V__Kingissepa_nim__kolhoos, lk 19
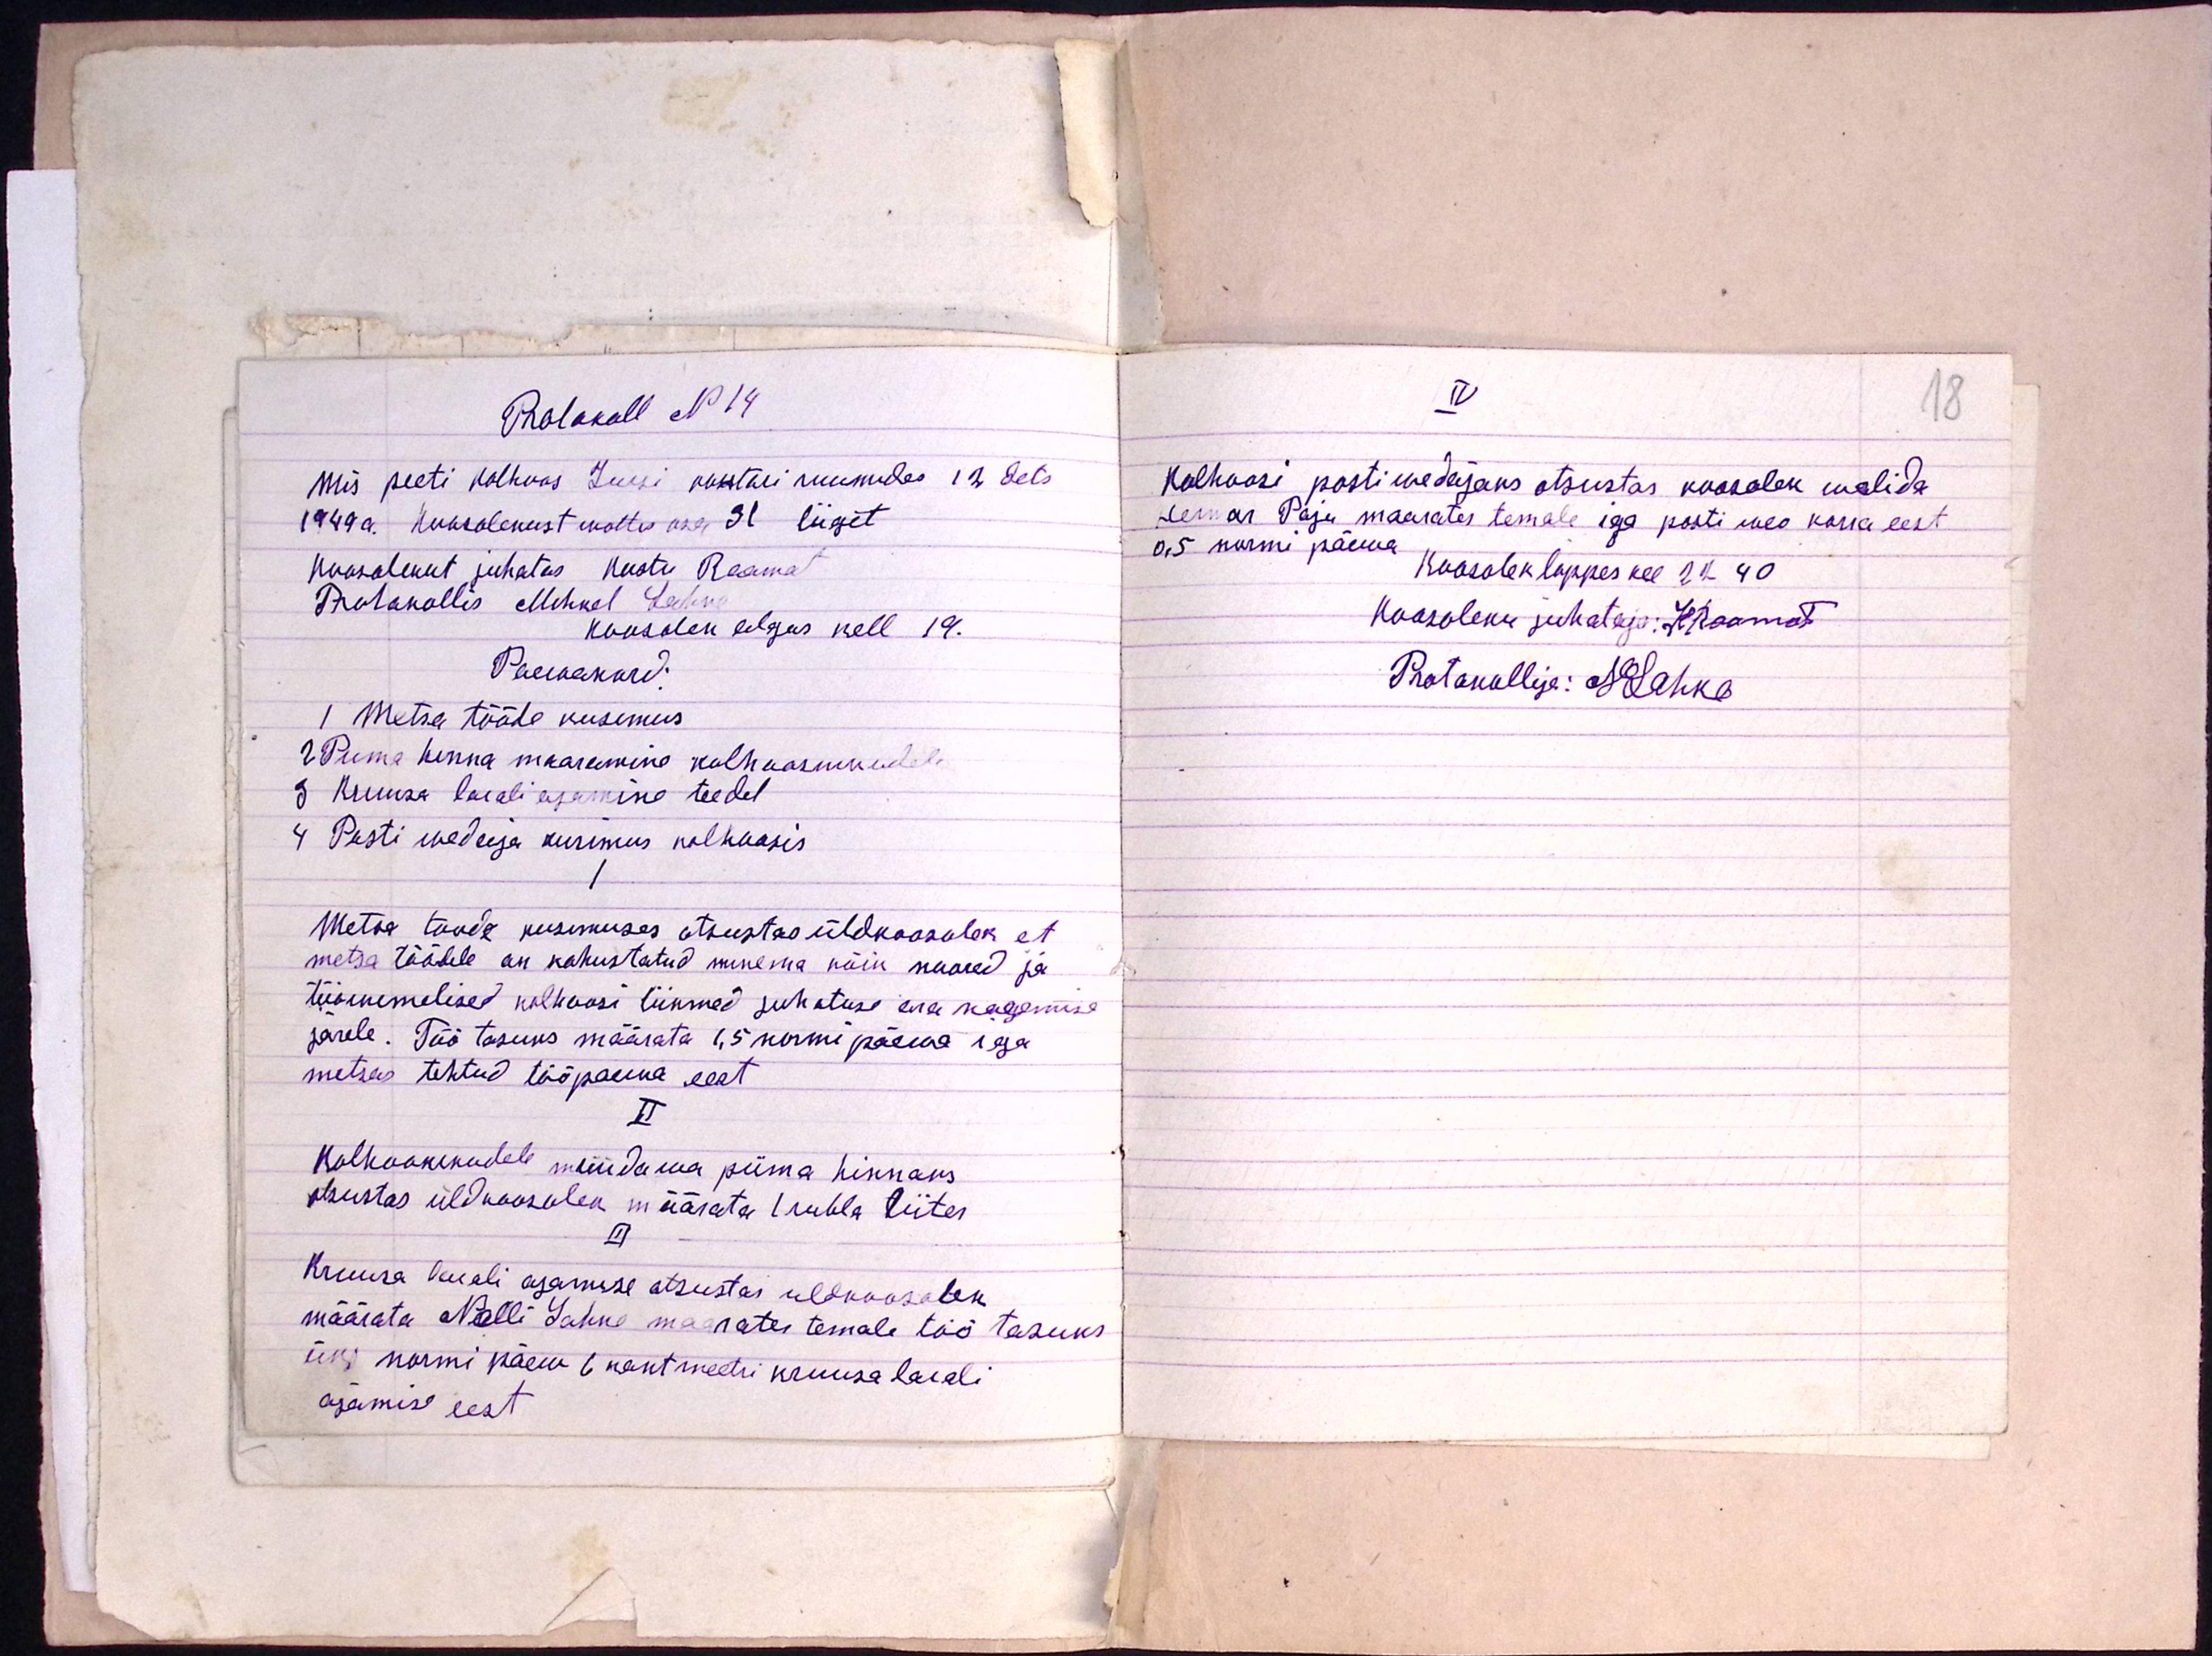
Protokoll N 14
Mis peeti kolhoos Jursi kontori ruumides 12 dets.
1949 a. koosolekust wõttis osa 31 liiget
koosolekut juhatas Kustu Raamat
Protokollis Mihkel Lahke
koosolek algas kell 19.
Päewakord.
1 Metsa tööde kusimus
2 Piima hinna maaramine kolhoosnikudele
3 Kruusa laiali ajamine teedel.
4 Posti wedaja kusimus kolhoosis
Metsa tööde küsimuses otsustas üldkoosolek et
metsa töödele on kohustatud minema kõik noored ja
tööinimesed kolhoosi liikmed juhatuse era nagemise
järele. Töö tasuks määrata 1,5 normi päewa iga
metsas tehtud tööpaewa eest.
II
kolhoosnikudele müüdawa piima hinnaks.
otsustas üldkoosolek määrata 1 rubla liiter
III
Kruusa laiali ajamise otsustas uldkoosolek
määrata Nelli Lahke maarates temale töö tasuks
üks normi päew 6 ruut meetri kruusa laiali
ajamise eest

18

IV
Kolhoosi postiwedajaks otsustas koosolek walida
Herman Paju maarates temale iga posti weo korra eest
0,5 normi päewa
Koosolek lõppes kee 22.40
Koosoleku juhataja: K. Raamat
Protokollija: MLahke